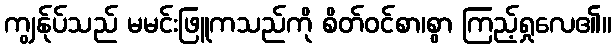
ကျွန်ုပ်သည် မမင်းဖြူကသည်ကို စိတ်ဝင်စာ၊စွာ ကြည့်ရှုလေ၏။